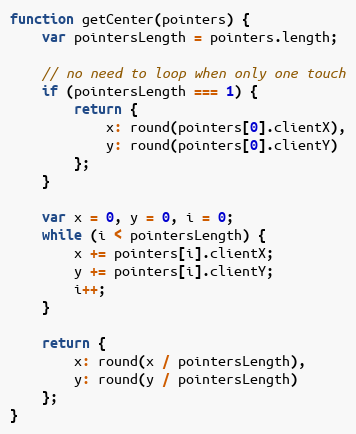
Language: JavaScript
function getCenter(pointers) {
    var pointersLength = pointers.length;

    // no need to loop when only one touch
    if (pointersLength === 1) {
        return {
            x: round(pointers[0].clientX),
            y: round(pointers[0].clientY)
        };
    }

    var x = 0, y = 0, i = 0;
    while (i < pointersLength) {
        x += pointers[i].clientX;
        y += pointers[i].clientY;
        i++;
    }

    return {
        x: round(x / pointersLength),
        y: round(y / pointersLength)
    };
}